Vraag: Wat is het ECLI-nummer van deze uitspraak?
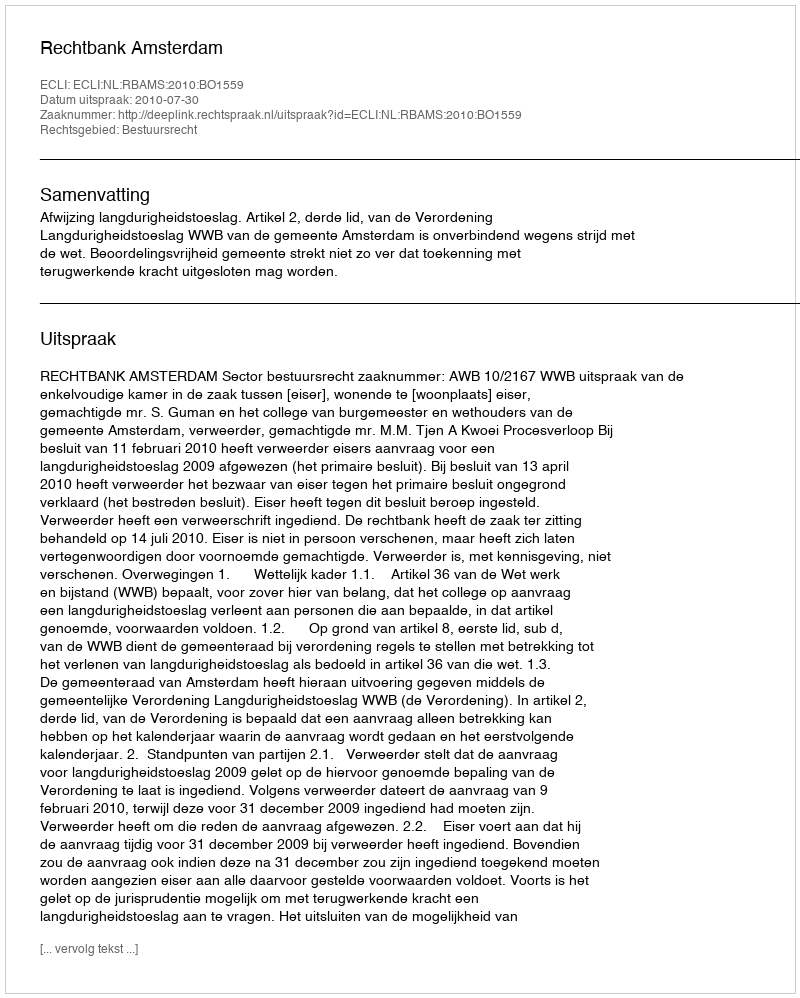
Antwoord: ECLI:NL:RBAMS:2010:BO1559